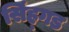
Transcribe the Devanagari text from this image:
सिंह्गड